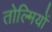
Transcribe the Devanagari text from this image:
तोल्मियों